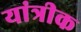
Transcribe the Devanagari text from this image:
यांत्रीक